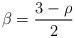
LaTeX: \begin{align*}\beta=\frac{3-\rho}{2}\end{align*}